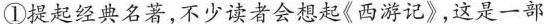
①提起经典名著,不少读者会想起《西游记》，这是一部